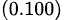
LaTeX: _{(0.100)}